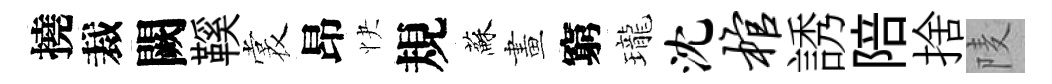
撓裁闕鞵裳昂快規蘇畫窮瓏沈棺誘陪捨𨹧